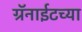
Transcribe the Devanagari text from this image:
ग्रॅनाईटच्या